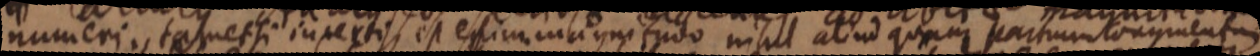
numeri. tamet si inverti est esim magnitudo ni_ aliud quam partum tonum_gment_